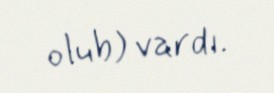
olub) vardı.